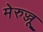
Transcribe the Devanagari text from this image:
मेरुज्जू